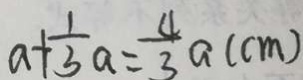
a + \frac { 1 } { 3 } a = \frac { 4 } { 3 } a ( c m )